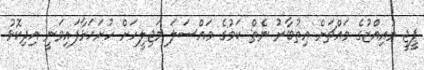
ޕީޖީ މުއިއްޒުގެ މައްޗަށް އިތުބާރު ނެތް ކަމުގެ މައްސަލަ މަޖިލީހަށް ހުށަހަޅާފައިވަނީ އިދިކޮޅު